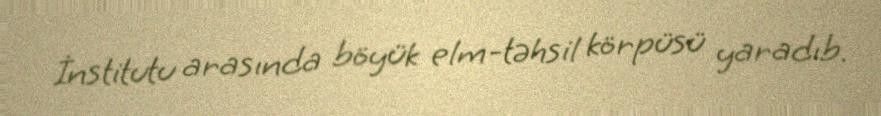
İnstitutu arasında böyük elm-təhsil körpüsü yaradıb.